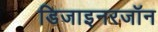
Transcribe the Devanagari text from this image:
डिजाइनरजॉन